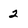
Character: 2